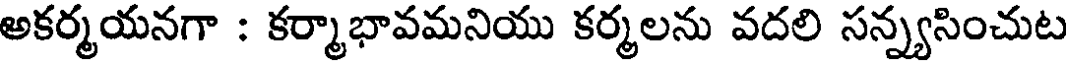
అకర్మయనగా : కర్మాభావమనియు కర్మలను వదలి సన్న్యసించుట